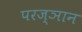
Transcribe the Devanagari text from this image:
परज्ञान